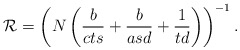
\begin{align*} \mathcal{R} = \left( N\left(\frac{b}{cts}+\frac{b}{asd}+ \frac{1}{td}\right) \right)^{-1} . \end{align*}